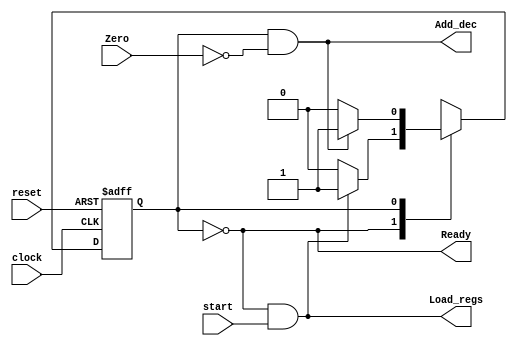
module controller_m(
	input clock, reset, start, Zero,
	output Ready, Load_regs, Add_dec
);
parameter S_Idle = 1'b0, S_Mul = 1'b1;
reg state, next_state;
always @(posedge clock, posedge reset)
	if (reset)
		state <= S_Idle;
	else
		state <= next_state;
always @(*)
begin
	case (state)
		S_Idle: next_state = Load_regs ? S_Mul : S_Idle;
		S_Mul: next_state = Add_dec ? S_Mul : S_Idle;
		default: next_state = 1'bx;
	endcase
end
assign Ready = state == S_Idle;
assign Load_regs = Ready & start;
assign Add_dec = (state == S_Mul & ~Zero);
endmodule